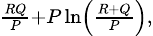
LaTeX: \scriptstyle{\frac{RQ}{P}}+P\ln\left({\frac{R+Q}{P}}\right),